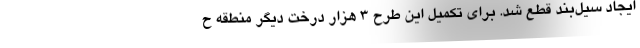
ایجاد سیل‌بند قطع شد. برای تکمیل این طرح ۳ هزار درخت دیگر منطقه ح